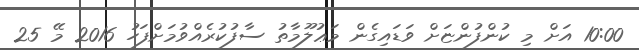
10:00 އަށް މި ކުންފުންޏަށް ވަޑައިގެން މަޢުލޫމާތު ސާފުކުރެއްވުމަށްފަހު 2016 މޭ 25